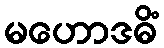
မဟောဒဓိံ